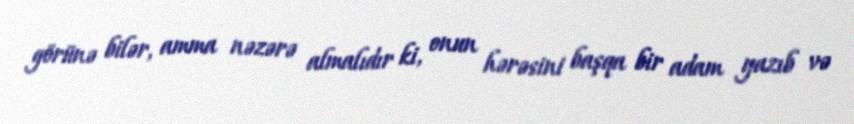
görünə bilər, amma nəzərə almalıdır ki, onun hərəsini başqa bir adam yazıb və